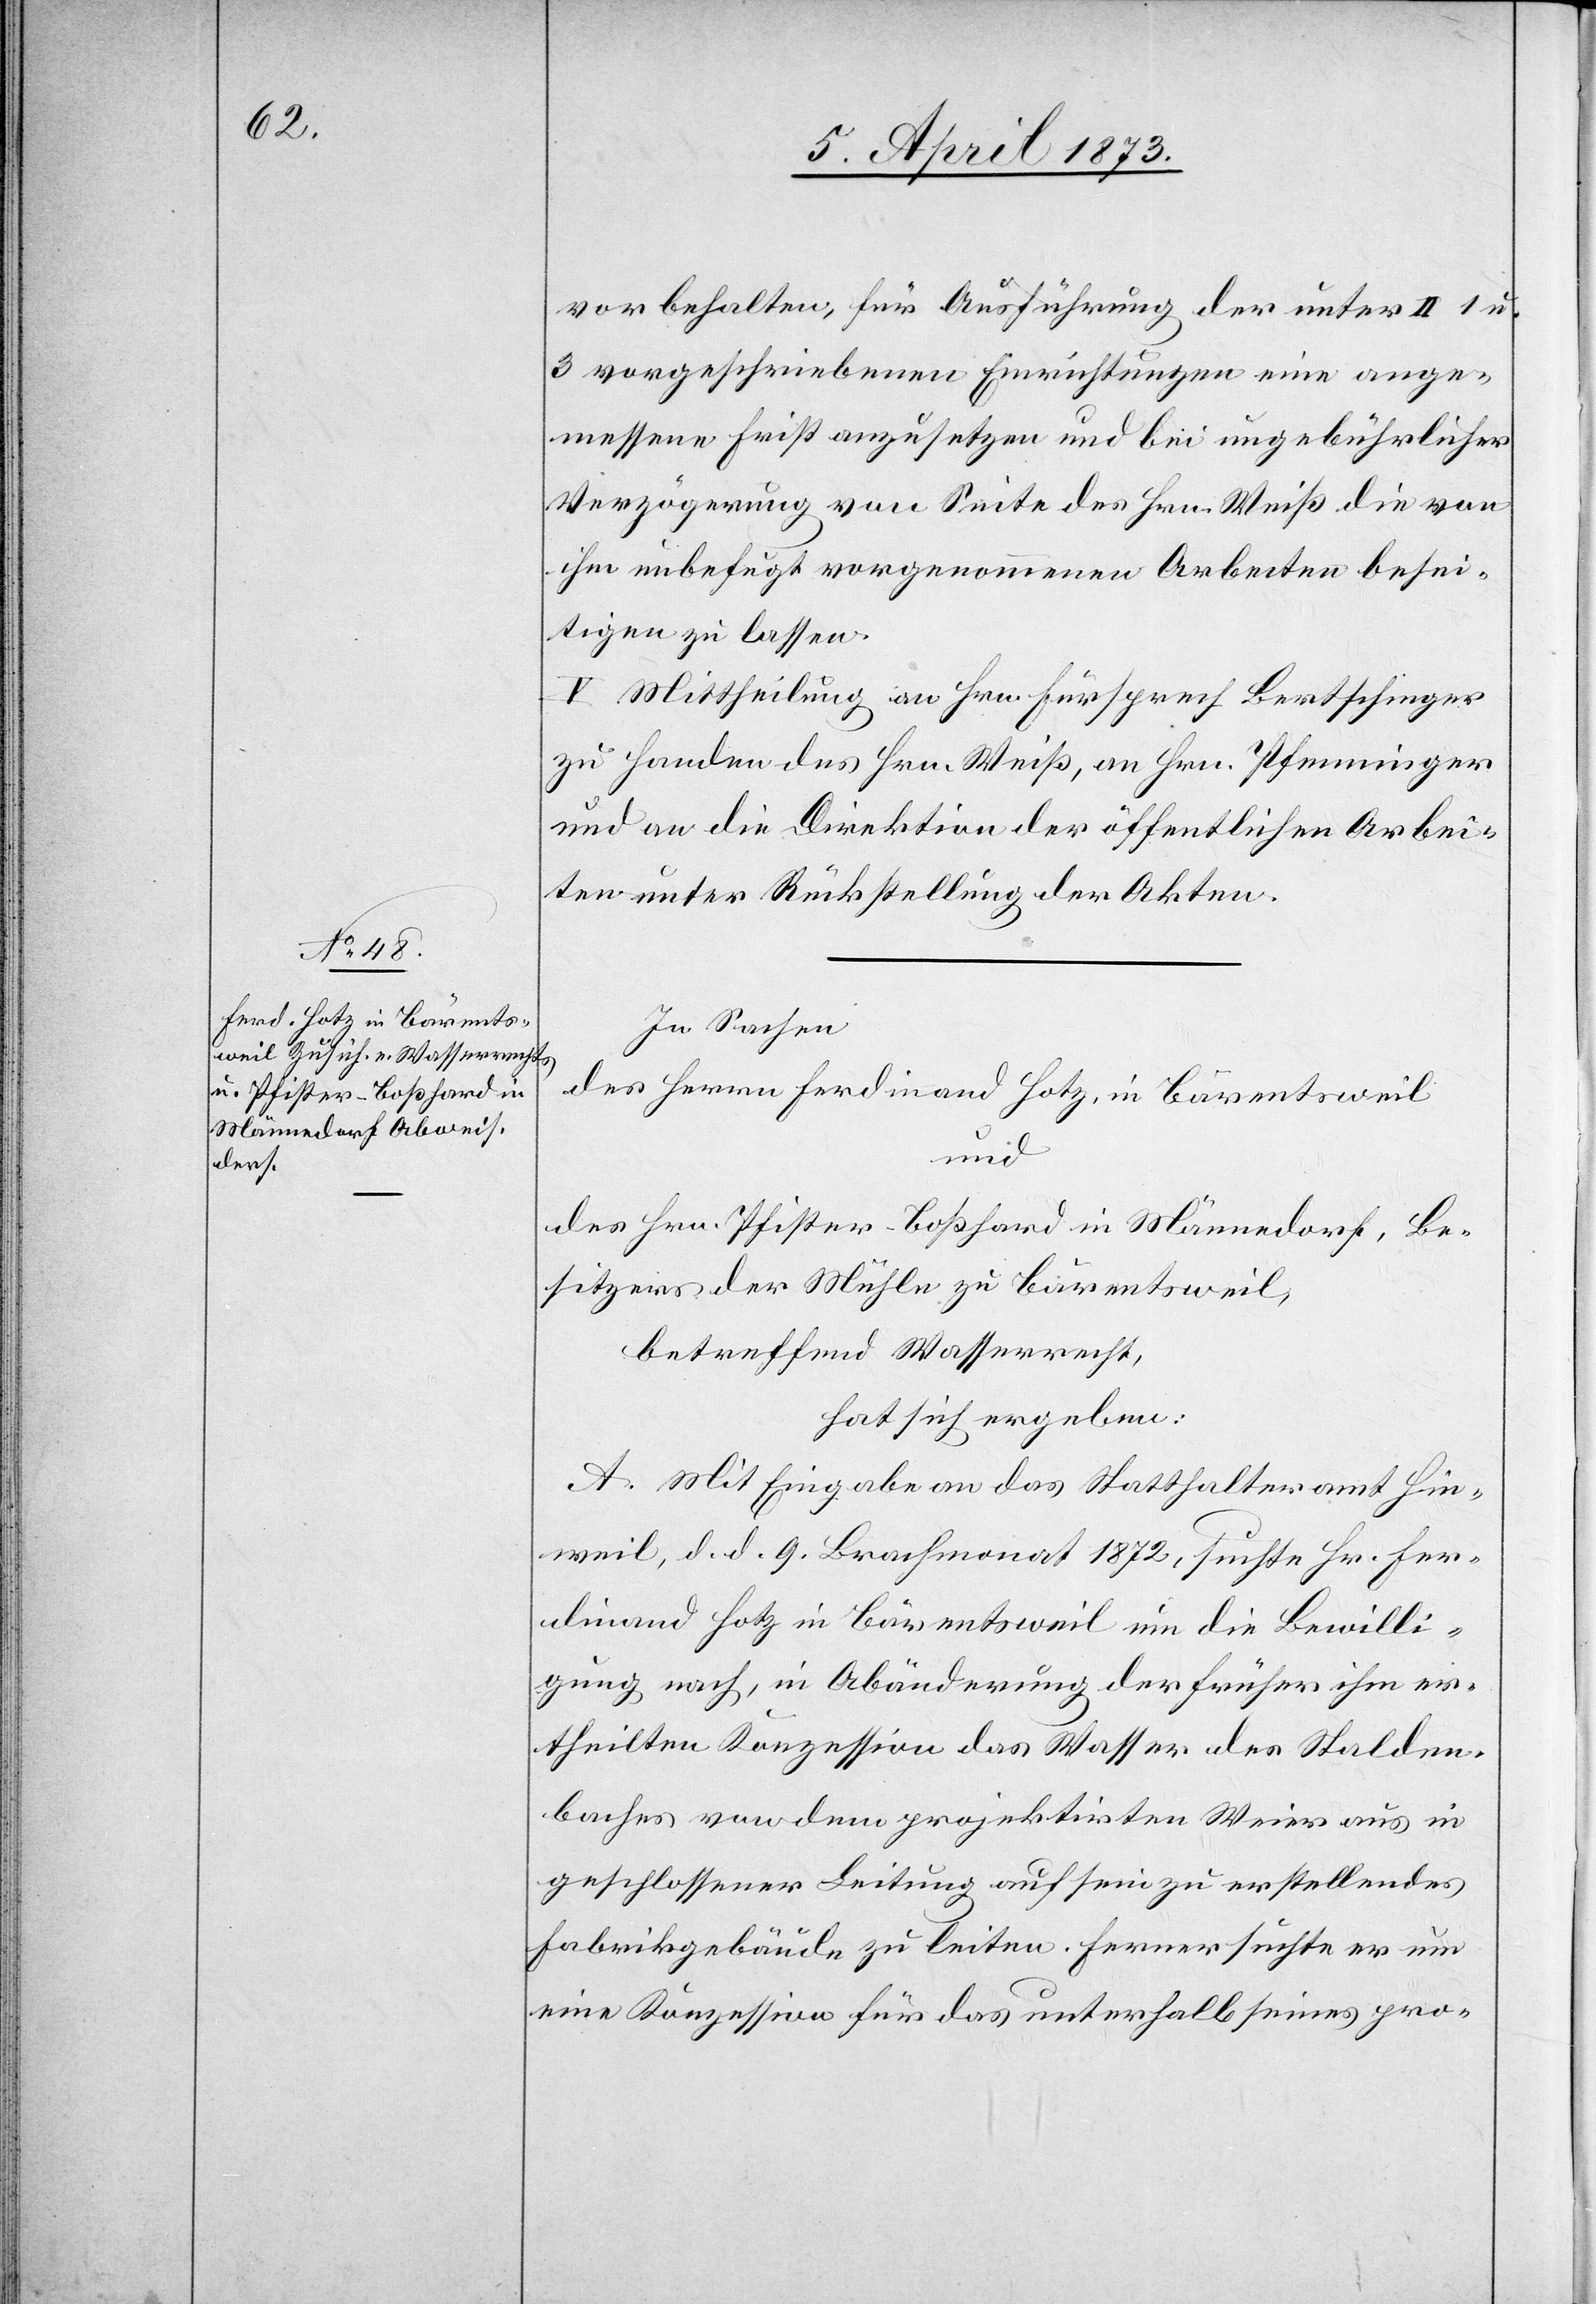
vorbehalten, für Ausführung der unter II 1 u.
3 vorgeschriebenen Einrichtungen eine ange¬
messene Frist anzusetzen und bei ungebührlicher
Verzögerung von Seite des Hrn. Weiß die von
ihm unbefugt vorgenommenen Arbeiten besei¬
tigen zu lassen.
V. Mittheilung an Hrn. Fürsprech Bertschinger
zu Handen des Hrn. Weiß, an Hrn. Pfenninger
und an die Direktion der öffentlichen Arbei¬
ten unter Rückstellung der Akten.
In Sachen
des Herrn Ferdinand Hotz, in Bärentsweil
und
des Hrn Pfister-Boßhard in Männedorf, Be¬
sitzers der Mühle zu Bärentsweil,
betreffend Wasserrecht,
hat sich ergeben:
A. Mit Eingabe an das Statthalteramt Hin¬
weil, d. d. 9. Brachmonat 1872, suchte Hr. Fer¬
dinand Hotz in Bärentsweil um die Bewilli¬
gung nach, in Abänderung der früher ihm er¬
theilten Konzession das Wasser des Stalden¬
baches von dem projektirten Weier aus in
geschlossener Leitung auf sein zu erstellendes
Fabrikgebäude zu leiten. Ferner suchte er um
eine Konzession für das unterhalb seines pro-